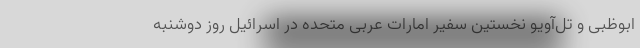
ابوظبی و تل‌آویو نخستین سفیر امارات عربی متحده در اسرائیل روز دوشنبه